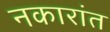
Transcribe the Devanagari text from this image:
नकारांत